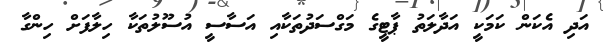
އަދި އެކަން ކަމަކީ އަދާލަތު ޕާޓީގެ މަގްސަދުތަކާއި އަސާސީ އުސޫލުތަކާ ހިލާފަށް ހިންގާ